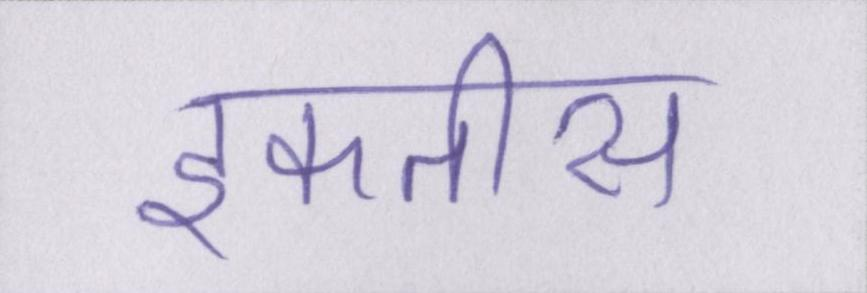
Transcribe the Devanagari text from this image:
इकतीस